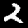
Digit: 2